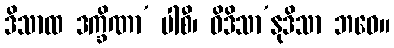
ဒိသာထ ဒက္ခိဏာ’ ပါစီ၊ ဝိဒိသာ’နုဒိသာ ဘဝေ။